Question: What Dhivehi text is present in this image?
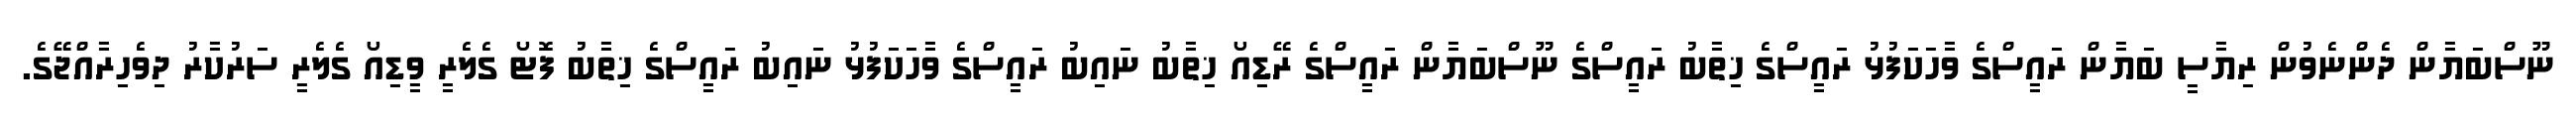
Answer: ނޫސްބަޔާން ދެންނެވުން ރިޔާސީ ބަޔާން ރައީސްގެ ވާހަކަފުޅު ރައީސްގެ ޚިތާބު ރައީސްގެ ނޫސްބަޔާން ރައީސްގެ ރޭޑިއޯ ޚިތާބު ނައިބު ރައީސްގެ ވާހަކަފުޅު ނައިބު ރައީސްގެ ޚިތާބު ފޮޓޯ ގެލެރީ ވީޑިއޯ ގެލެރީ ސަރުކާރު ދިވެހިރާއްޖޭގެ.